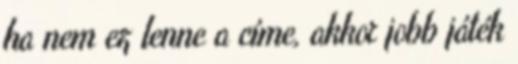
ha nem ez lenne a címe, akkor jobb játék